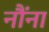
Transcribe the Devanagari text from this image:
नौंना